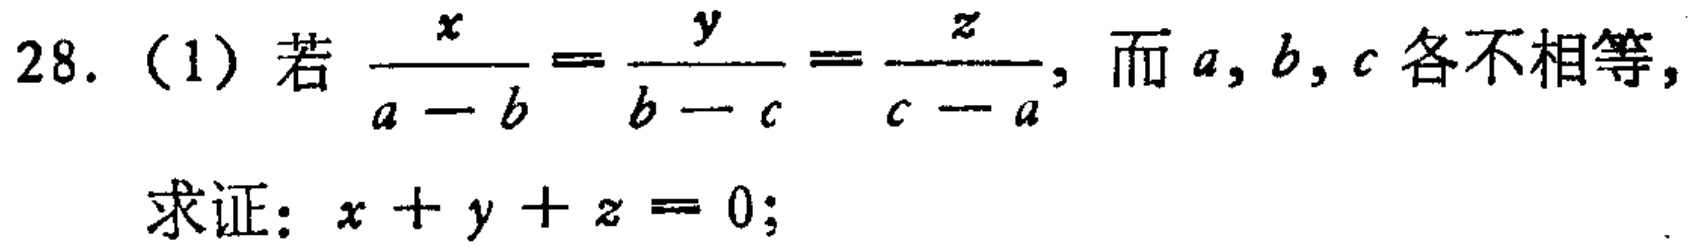
28. (1) 若$\frac{x}{a - b}=\frac{y}{b - c}=\frac{z}{c - a}$，而$a,b,c$各不相等，

求证：$x + y + z = 0$；